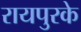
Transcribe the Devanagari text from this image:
रायपुरके